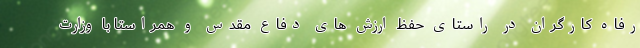
رفاه کارگران در راستای حفظ ارزش های دفاع مقدس و همراستا با وزارت